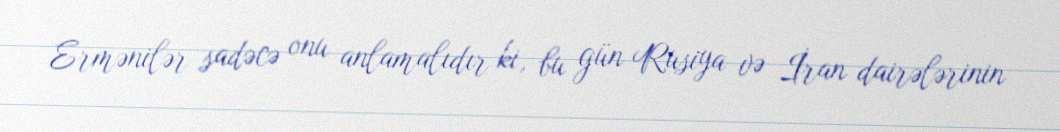
Ermənilər sadəcə onu anlamalıdır ki, bu gün Rusiya və İran dairələrinin